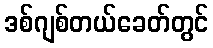
ဒစ်ဂျစ်တယ်ခေတ်တွင်